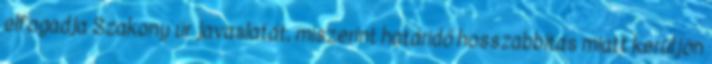
elfogadja Szakony úr javaslatát, miszerint határidő hosszabbítás miatt kerüljön